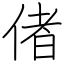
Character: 偖